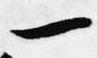
一